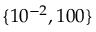
\lbrace 1 0 ^ { - 2 } , 1 0 0 \rbrace